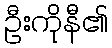
ဦးကိုနီ၏